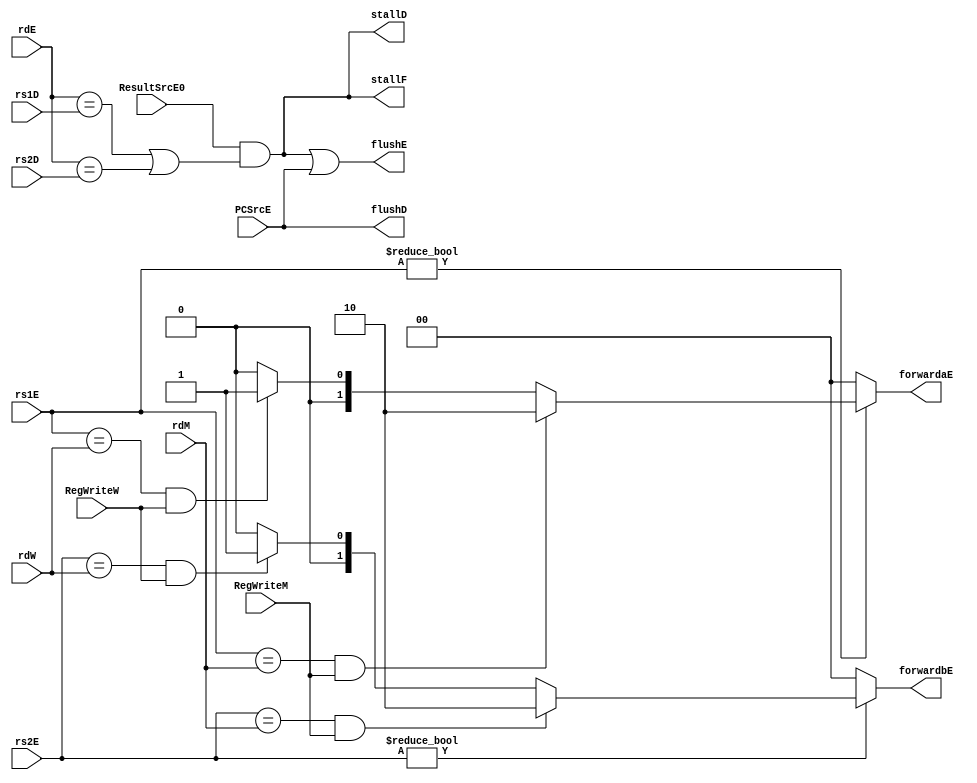
module hazard(
	input		[4:0]	rs1D,
	input		[4:0]	rs2D,
	input		[4:0]	rs1E,
	input		[4:0]	rs2E,
	input		[4:0]	rdE,
	input		[4:0]	rdM,
	input		[4:0]	rdW,
	input				RegWriteM,
	input				RegWriteW,
	input				ResultSrcE0,
	input				PCSrcE,
`ifdef ENABLE_MUL_DIV_SUPPORT
	input				RtypedivE,
	input				DIV_validE,
	output wire 		div_stallE,
`endif
	output reg	[1:0]	forwardaE,
	output reg	[1:0]	forwardbE,
	output wire			stallF,
	output wire			stallD,
	output wire			flushD,
	output wire			flushE
);

	// forwarding src to E stage(ALU)
	always @(*) begin
		if (rs1E != 0)
			if (rs1E == rdM & RegWriteM)
				forwardaE = 2'b10;
			else if (rs1E == rdW & RegWriteW)
				forwardaE = 2'b01;
			else
				forwardaE = 2'b00;
		else
			forwardaE = 2'b00;
		
		if (rs2E != 0)
			if (rs2E == rdM & RegWriteM)
				forwardbE = 2'b10;
			else if (rs2E == rdW & RegWriteW)
				forwardbE = 2'b01;
			else
				forwardbE = 2'b00;
		else
			forwardbE = 2'b00;
	end

	wire lwstall;

	// stalls load word stall logic
	assign #1 lwstall = ResultSrcE0 & (rdE == rs1D | rdE == rs2D);
	
	assign #1 stallD = lwstall;
	assign #1 stallF = stallD;

	// Div stall
	assign #1 div_stallE = RtypedivE & !DIV_validE;

	// contorl hazard flush
	assign #1 flushD = PCSrcE;
	assign #1 flushE = lwstall | PCSrcE;

endmodule